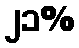
၂၁%